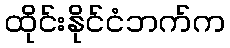
ထိုင်းနိုင်ငံဘက်က